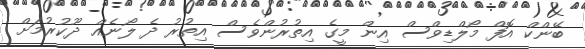
ބޭންކް އޮފް މޯލްޑިވްސް އިން މީގެ އިތުރުންވެސް އިތުރު ދެ ލޯނެއް ދޫކުރުމަށް